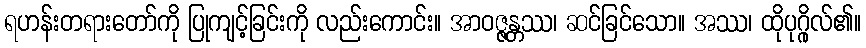
ရဟန်းတရားတော်ကို ပြုကျင့်ခြင်းကို လည်းကောင်း။ အာဝဇ္ဇန္တဿ၊ ဆင်ခြင်သော။ အဿ၊ ထိုပုဂ္ဂိုလ်၏။